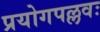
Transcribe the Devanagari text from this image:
प्रयोगपल्लवः